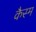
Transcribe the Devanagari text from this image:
कैस्म